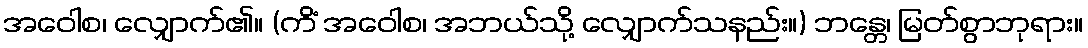
အဝေါစ၊ လျှောက်၏။ (ကိံ အဝေါစ၊ အဘယ်သို့ လျှောက်သနည်း။) ဘန္တေ၊ မြတ်စွာဘုရား။